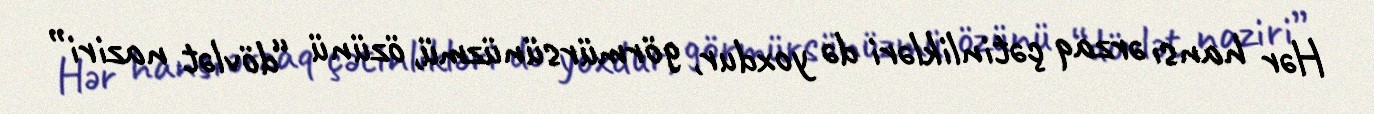
Hər hansı ərzaq çətinlikləri də yoxdur, görmürsünüzmü, özünü “dövlət naziri”